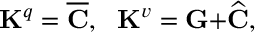
\mathbf { K } ^ { q } = \overline { { \mathbf { C } } } \mathbf { , \ \ K } ^ { v } = \mathbf { G + } \widehat { \mathbf { C } } ,